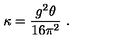
\kappa = { \frac { g ^ { 2 } \theta } { 1 6 \pi ^ { 2 } } } \ .